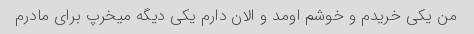
من یکی خریدم و خوشم اومد و الان دارم یکی دیگه میخرپ برای مادرم